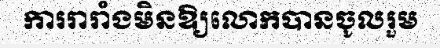
ការរារាំងមិនឱ្យលោកបានចូលរួម